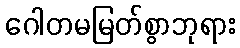
ဂေါတမမြတ်စွာဘုရား